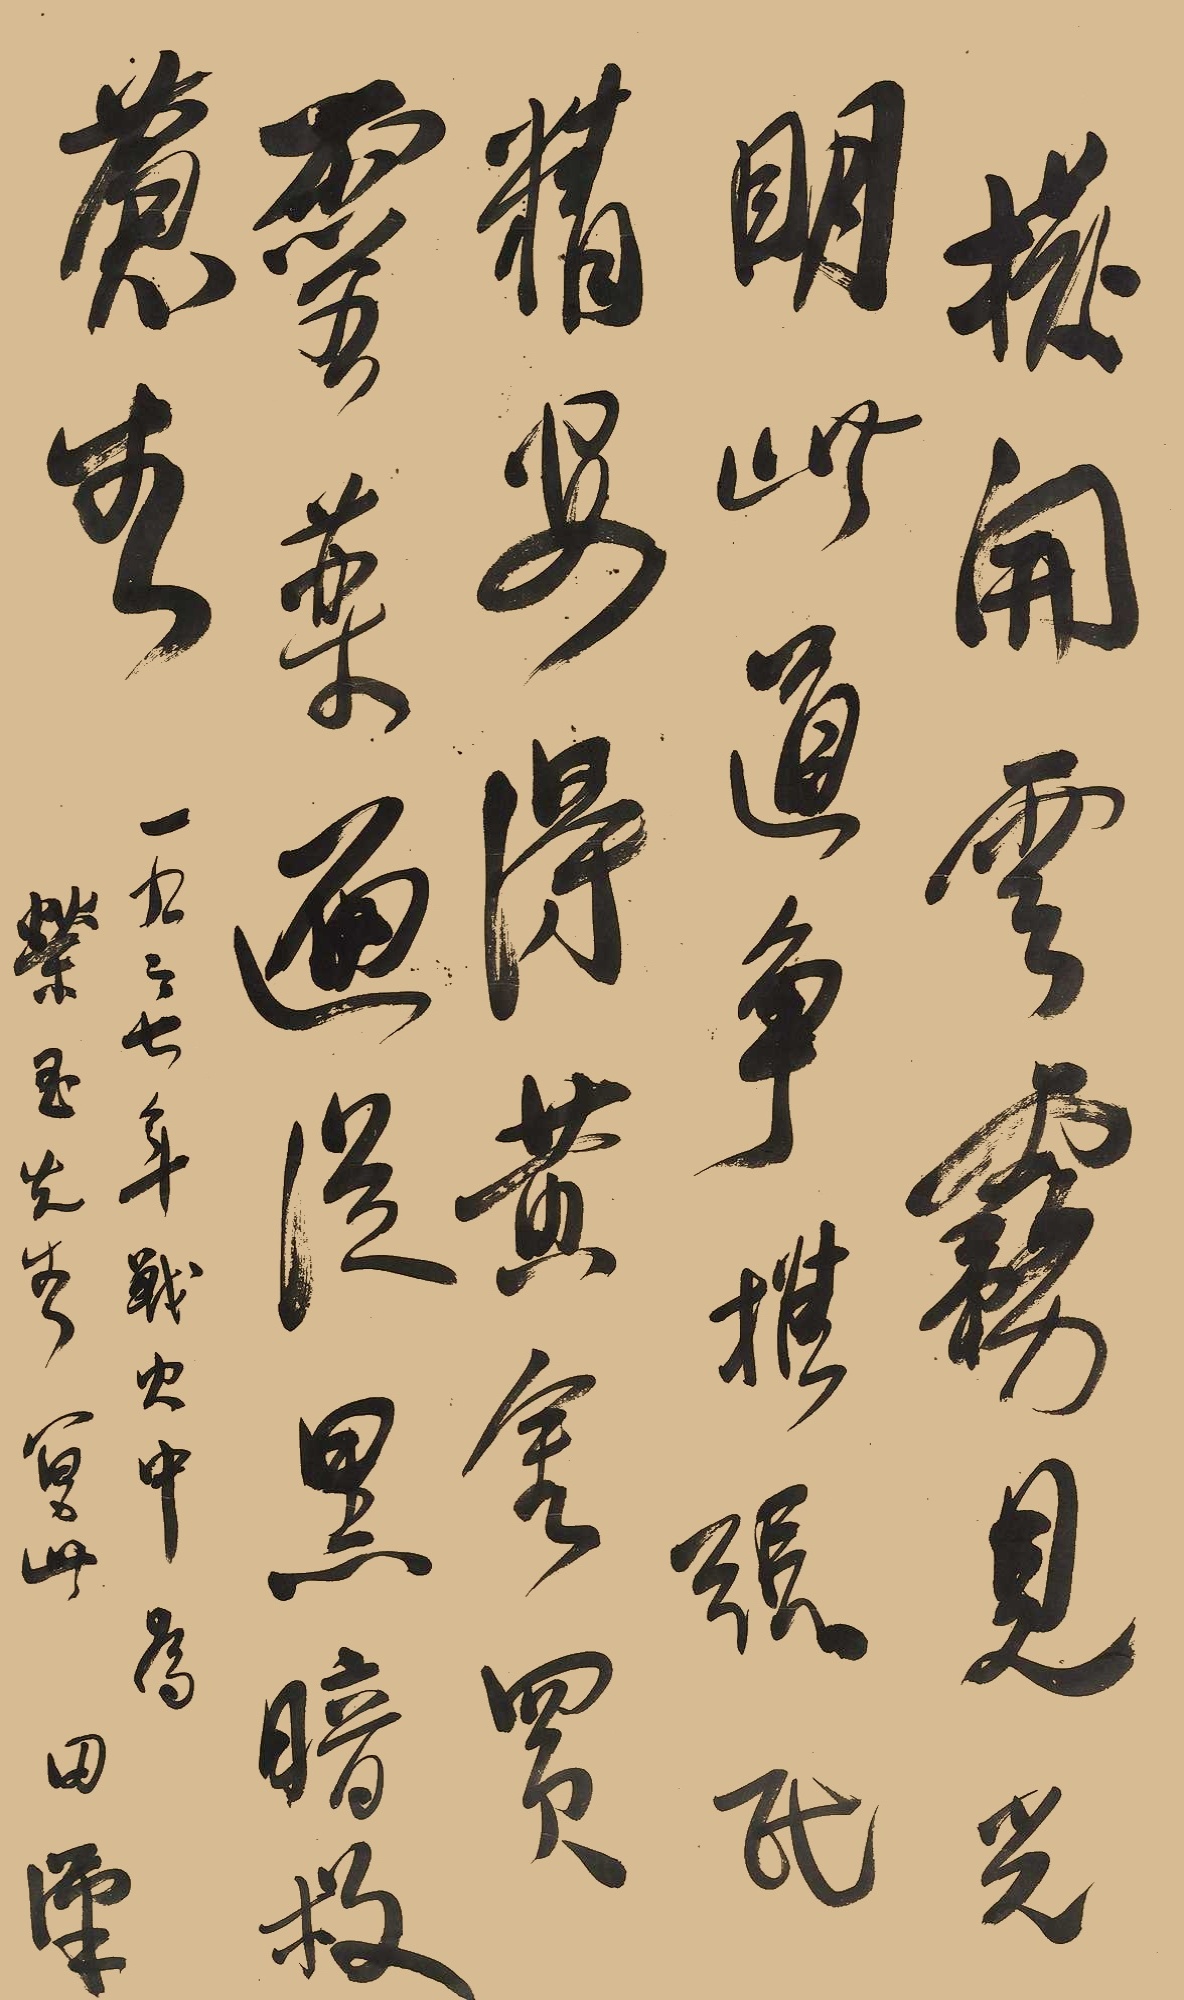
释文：拨开云雾见光明，此道争推张氏精。安得黄金买灵药，遍从黑暗救苍生。一九三七年战火中，为荣玉先生写此，田汉。